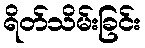
ရိတ်သိမ်းခြင်း